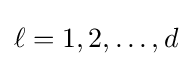
\ell =1,2,\ldots ,d